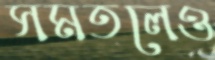
সমতলেও